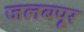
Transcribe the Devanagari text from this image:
जलबपूर